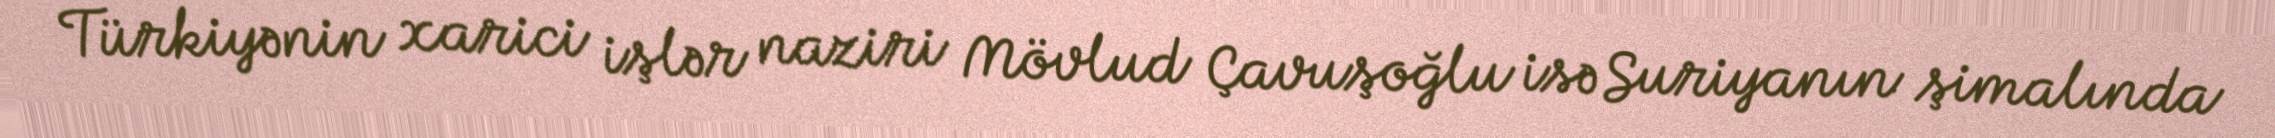
Türkiyənin xarici işlər naziri Mövlud Çavuşoğlu isə Suriyanın şimalında